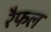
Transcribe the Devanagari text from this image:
रैफल